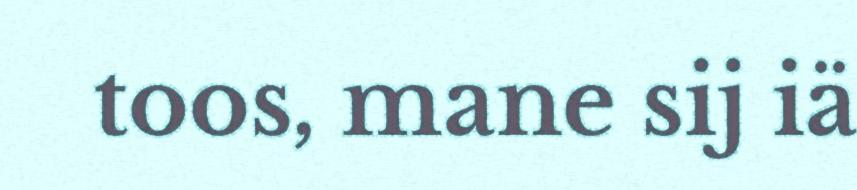
toos, mane sij iä